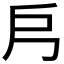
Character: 𭟿